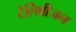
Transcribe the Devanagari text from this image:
टेलिवीजन